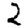
Digit: 2